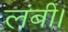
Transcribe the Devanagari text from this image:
लंबी।